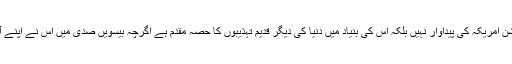
معلوم ہوا کہ گلوبلائزیشن امریکہ کی پیداوار نہیں بلکہ اس کی بنیاد میں دنیا کی دیگر قدیم تہذیبوں کا حصہ مقدم ہے اگرچہ بیسویں صدی میں اس نے اپنے آپ کو امریکنائز کرلیا۔